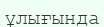
ұлығында